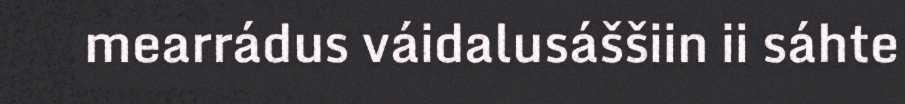
mearrádus váidalusáššiin ii sáhte